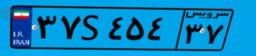
۱۱S۰۳۹۱۳